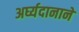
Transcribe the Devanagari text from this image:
अर्घ्यदानाने